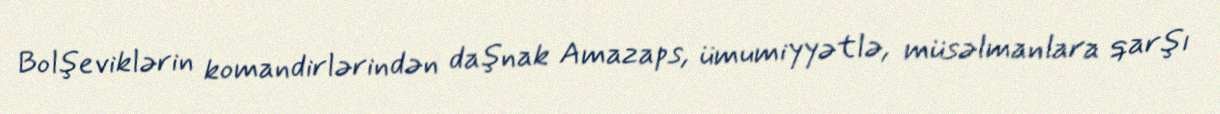
Bolşeviklərin komandirlərindən daşnak Amazaps, ümumiyyətlə, müsəlmanlara qarşı